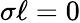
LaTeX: \sigma\ell=0